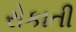
રોકાતી